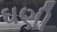
ઘણી